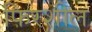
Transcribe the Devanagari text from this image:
फिरशील